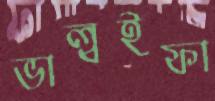
ভাল্বইফা